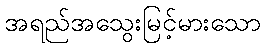
အရည်အသွေးမြင့်မားသော